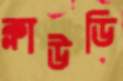
ক্লাউডি